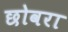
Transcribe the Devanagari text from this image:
छोवरा